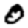
Digit: 0